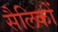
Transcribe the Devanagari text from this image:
सैलिकों